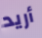
أريد